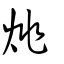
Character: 烑